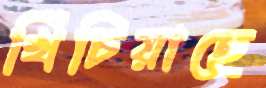
খিঁচিয়াছে